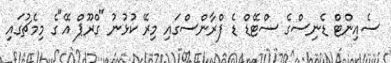
ސެއިންޓް ޑެނިސްގެ ސްޓޭޑް ޑެ ފްރާންސްގައި މިރޭ ކުޅުނު "ގްރޫޕް އޭ"ގެ މިމެޗުގައި